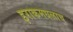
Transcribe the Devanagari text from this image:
इराकमधलाच